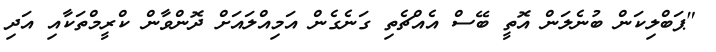
"ޕަބްލިކަން ބުނެލަން އޮތީ ބޭސް އެއްޗެތި ގަނެގެން އަމިއްލައަށް ދޮންވާން ކްރީމްތަކާއި އަދި